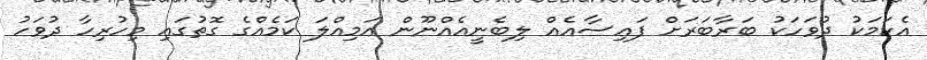
އެކަމަކު ދުވަހަކު ބަރާބަރަށް ފައިސާއެއް ލިބެނީއެއްނޫން އަމިއްލަ ކަމެއްގެ ގޮތުގައި މިހުރިހާ ދުވަހު